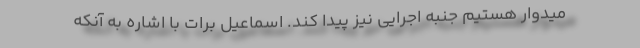
میدوار هستیم جنبه اجرایی نیز پیدا کند. اسماعیل برات با اشاره به آنکه